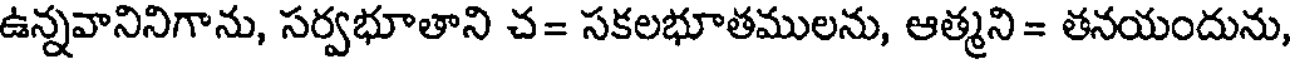
ఉన్నవానినిగాను, సర్వభూతాని చ= సకలభూతములను, ఆత్మని = తనయందును,